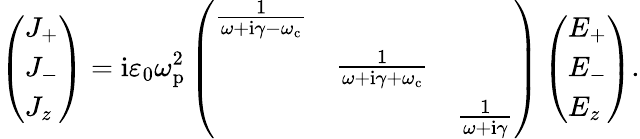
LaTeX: \left(\begin{array}{l}{J_{+}}\\ {J_{-}}\\ {J_{z}}\end{array}\right)=\mathrm{i}\varepsilon_{0}\omega_{\mathrm{p}}^{2}\left(\begin{array}{lll}{\frac{1}{\omega+\mathrm{i}\gamma-\omega_{\mathrm{c}}}}&&\\ &{\frac{1}{\omega+\mathrm{i}\gamma+\omega_{\mathrm{c}}}}&\\ &&{\frac{1}{\omega+\mathrm{i}\gamma}}\end{array}\right)\left(\begin{array}{l}{E_{+}}\\ {E_{-}}\\ {E_{z}}\end{array}\right).